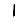
Digit: 1